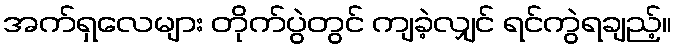
အက်ရှလေများ တိုက်ပွဲတွင် ကျခဲ့လျှင် ရင်ကွဲရချည့်။